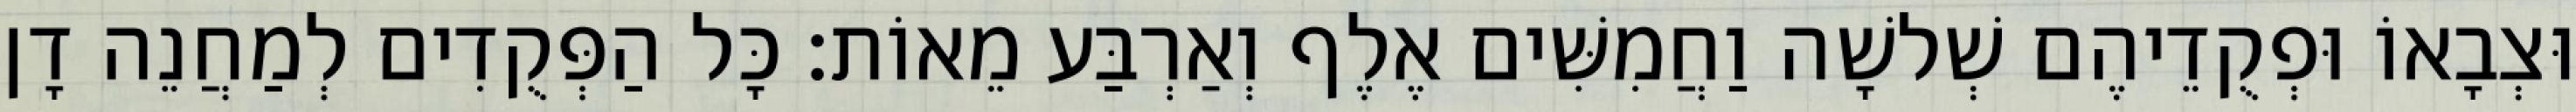
וּצְבָאוֹ וּפְקֻדֵיהֶם שְׁלשָׁה וַחֲמִשִּׁים אֶלֶף וְאַרְבַּע מֵאוֹת׃ כָּל הַפְּקֻדִים לְמַחֲנֵה דָן